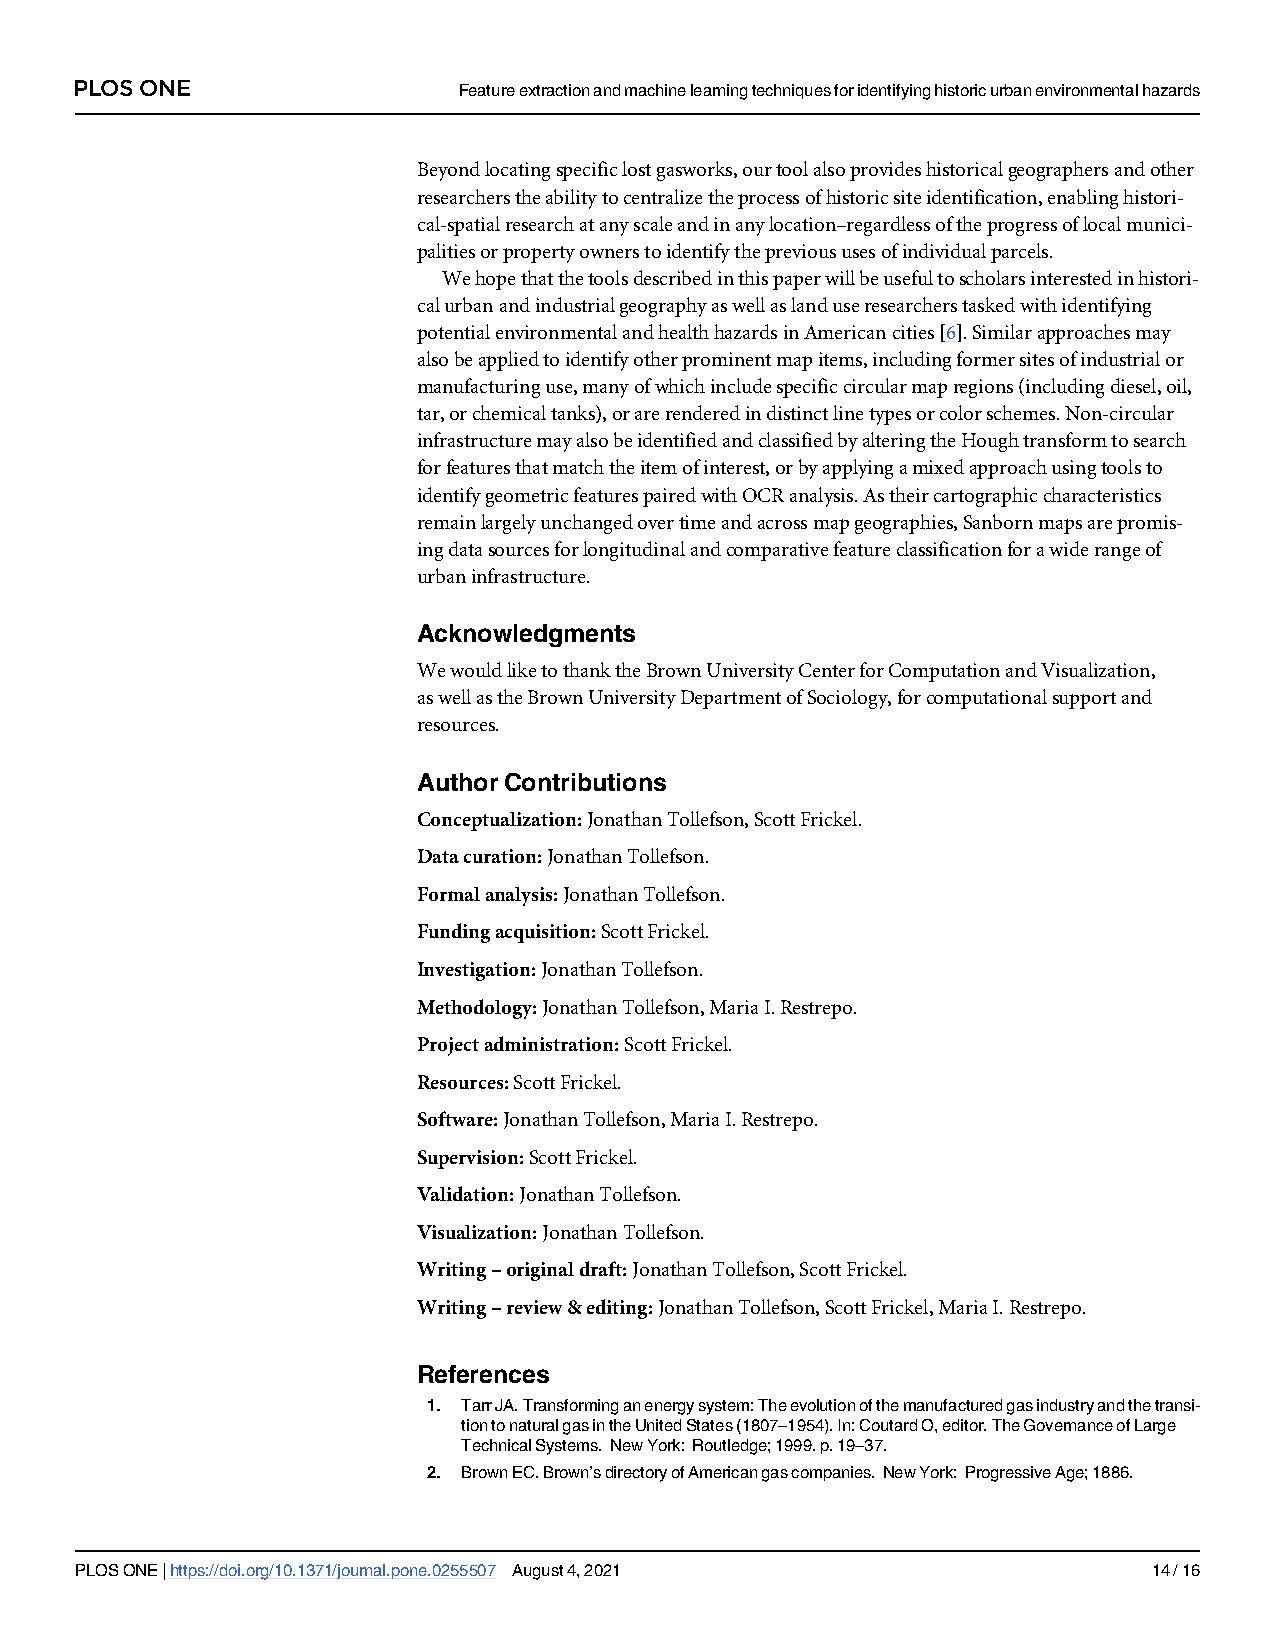
PLOS ONE                 Featureextractionandmachinelearningtechniquesforidentifyinghistoricurbanenvironmentalhazards
 Beyondlocatingspecificlostgasworks,ourtoolalsoprovideshistoricalgeographersandother
 researcherstheabilitytocentralizetheprocessofhistoricsiteidentification,enablinghistori-
 cal-spatialresearchatanyscaleandinanylocation–regardlessoftheprogressoflocalmunici-
 palitiesorpropertyownerstoidentifytheprevioususesofindividualparcels.
 Wehopethatthetoolsdescribedinthispaperwillbeusefultoscholarsinterestedinhistori-
 calurbanandindustrialgeographyaswellaslanduseresearcherstaskedwithidentifying
 potentialenvironmentalandhealthhazardsinAmericancities[6].Similarapproachesmay
 alsobeappliedtoidentifyotherprominentmapitems,includingformersitesofindustrialor
 manufacturinguse,manyofwhichincludespecificcircularmapregions(includingdiesel,oil,
 tar,orchemicaltanks),orarerenderedindistinctlinetypesorcolorschemes.Non-circular
 infrastructuremayalsobeidentifiedandclassifiedbyalteringtheHoughtransformtosearch
 forfeaturesthatmatchtheitemofinterest,orbyapplyingamixedapproachusingtoolsto
 identifygeometricfeaturespairedwithOCRanalysis.Astheircartographiccharacteristics
 remainlargelyunchangedovertimeandacrossmapgeographies,Sanbornmapsarepromis-
 ingdatasourcesforlongitudinalandcomparativefeatureclassificationforawiderangeof
 urbaninfrastructure.
 Acknowledgments
 WewouldliketothanktheBrownUniversityCenterforComputationandVisualization,
 aswellastheBrownUniversityDepartmentofSociology,forcomputationalsupportand
 resources.
 AuthorContributions
 Conceptualization:JonathanTollefson,ScottFrickel.
 Datacuration:JonathanTollefson.
 Formalanalysis:JonathanTollefson.
 Fundingacquisition:ScottFrickel.
 Investigation:JonathanTollefson.
 Methodology:JonathanTollefson,MariaI.Restrepo.
 Projectadministration:ScottFrickel.
 Resources:ScottFrickel.
 Software:JonathanTollefson,MariaI.Restrepo.
 Supervision:ScottFrickel.
 Validation:JonathanTollefson.
 Visualization:JonathanTollefson.
 Writing–originaldraft:JonathanTollefson,ScottFrickel.
 Writing–review&editing:JonathanTollefson,ScottFrickel,MariaI.Restrepo.
 References
 1. TarrJA.Transforminganenergysystem:Theevolutionofthemanufacturedgasindustryandthetransi-
 tiontonaturalgasintheUnitedStates(1807–1954).In:CoutardO,editor.TheGovernanceofLarge
 TechnicalSystems. NewYork: Routledge;1999.p.19–37.
 2. BrownEC.Brown’sdirectoryofAmericangascompanies. NewYork: ProgressiveAge;1886.
 PLOSONE|https://doi.org/10.1371/journal.pone.0255507 August4,2021      14/16